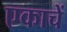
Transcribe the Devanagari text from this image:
एकाचें